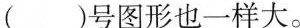
( )号图形也一样大。